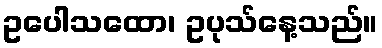
ဥပေါသထော၊ ဥပုသ်နေ့သည်။